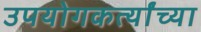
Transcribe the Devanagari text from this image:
उपयोगकर्त्यांच्या